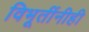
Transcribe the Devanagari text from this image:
विभूतींनीही